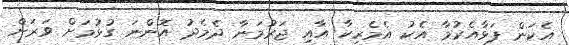
އެކަން ފަޅާއެރުމާ އެކު އެމެރިކާ އާއި ޖަރުމަނާ ދެމެދު އޮންނަ ގުޅުމަށް ވަރަށް